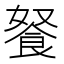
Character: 𲋖